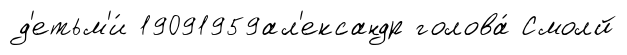
д'етьм'и́ 19091959ал'ександр голова́ Смолй